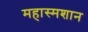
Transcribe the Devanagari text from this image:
महास्मशान